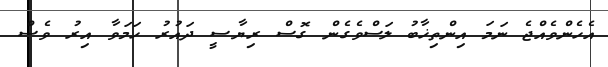
އެހެންވެއްޖެ ނަމަ އިންތިޚާބު ލަސްވެގެން ގޮސް ރިޔާސީ ދައުރު ހަމަވާ އިރު ވެސް